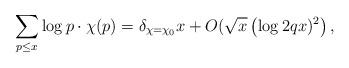
LaTeX: \begin{align*} \sum_{p \leq x }\log p \cdot \chi(p) =\delta_{\chi=\chi_0}x+O(\sqrt{x} \left(\log 2qx)^2 \right),\end{align*}